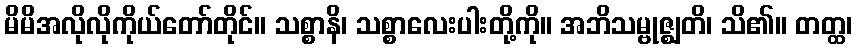
မိမိအလိုလိုကိုယ်တော်တိုင်။ သစ္စာနိ၊ သစ္စာလေးပါးတို့ကို။ အဘိသမ္ဗုဇ္ဈတိ၊ သိ၏။ တတ္ထ၊